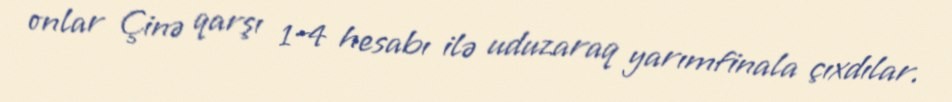
onlar Çinə qarşı 1–4 hesabı ilə uduzaraq yarımfinala çıxdılar.